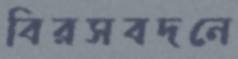
বিরসবদনে